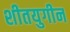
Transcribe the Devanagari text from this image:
शीतयुगीन